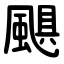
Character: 颶